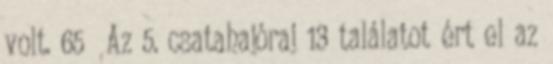
volt. 65 Az 5. csatahajóraj 13 találatot ért el az